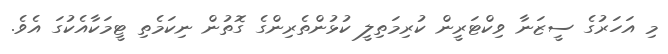
މި އަހަރުގެ ސީޒަނާ ވިކްޓަރީން ކުރިމަތިލީ ކުޅުންތެރިންގެ ގޮތުން ނިކަމެތި ޓީމަކާއެކުގަ އެވެ.